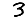
Digit: 3